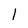
Character: l